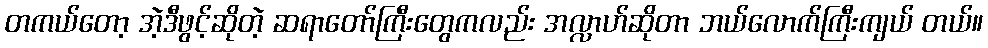
တကယ်တော့ အဲ့ဒီဖွင့်ဆိုတဲ့ ဆရာတော်ကြီးတွေကလည်း အလ္လာဟ်ဆိုတာ ဘယ်လောက်ကြီးကျယ် တယ်။